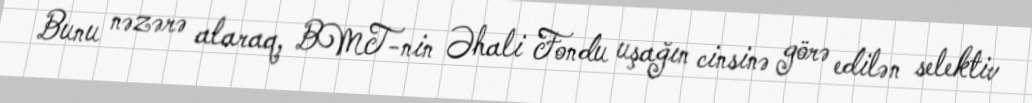
Bunu nəzərə alaraq, BMT-nin Əhali Fondu uşağın cinsinə görə edilən selektiv